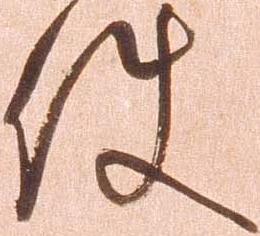
件